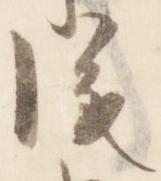
後